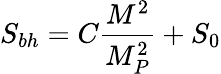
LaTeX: S_{bh}=C\frac{M^{2}}{M_{P}^{2}}+S_{0}